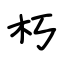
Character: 朽